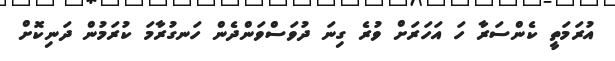
އުރަމަތީ ކެންސަރާ ހަ އަހަރަށް ވުރެ ގިނަ ދުވަސްވަންދެން ހަނގުރާމަ ކުރަމުން ދަނިކޮށް